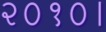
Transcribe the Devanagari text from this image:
२०१०।